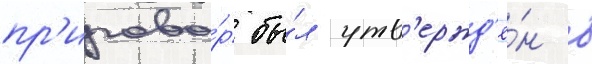
пр'игово́р бы́л утв'ержд'ё́н в